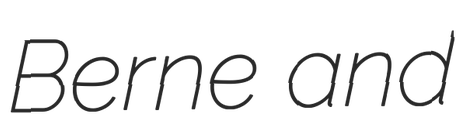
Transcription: Berne and